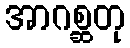
အာဂစ္ဆတု